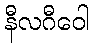
နီလဂီဝေါ